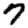
Digit: 7